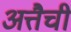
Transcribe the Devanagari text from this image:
अत्तैची